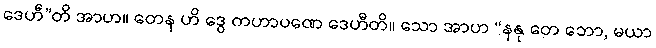
ဒေဟီ”တိ အာဟ။ တေန ဟိ ဒွေ ကဟာပဏေ ဒေဟီတိ။ သော အာဟ “နနု တေ ဘော, မယာ